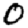
Digit: 0